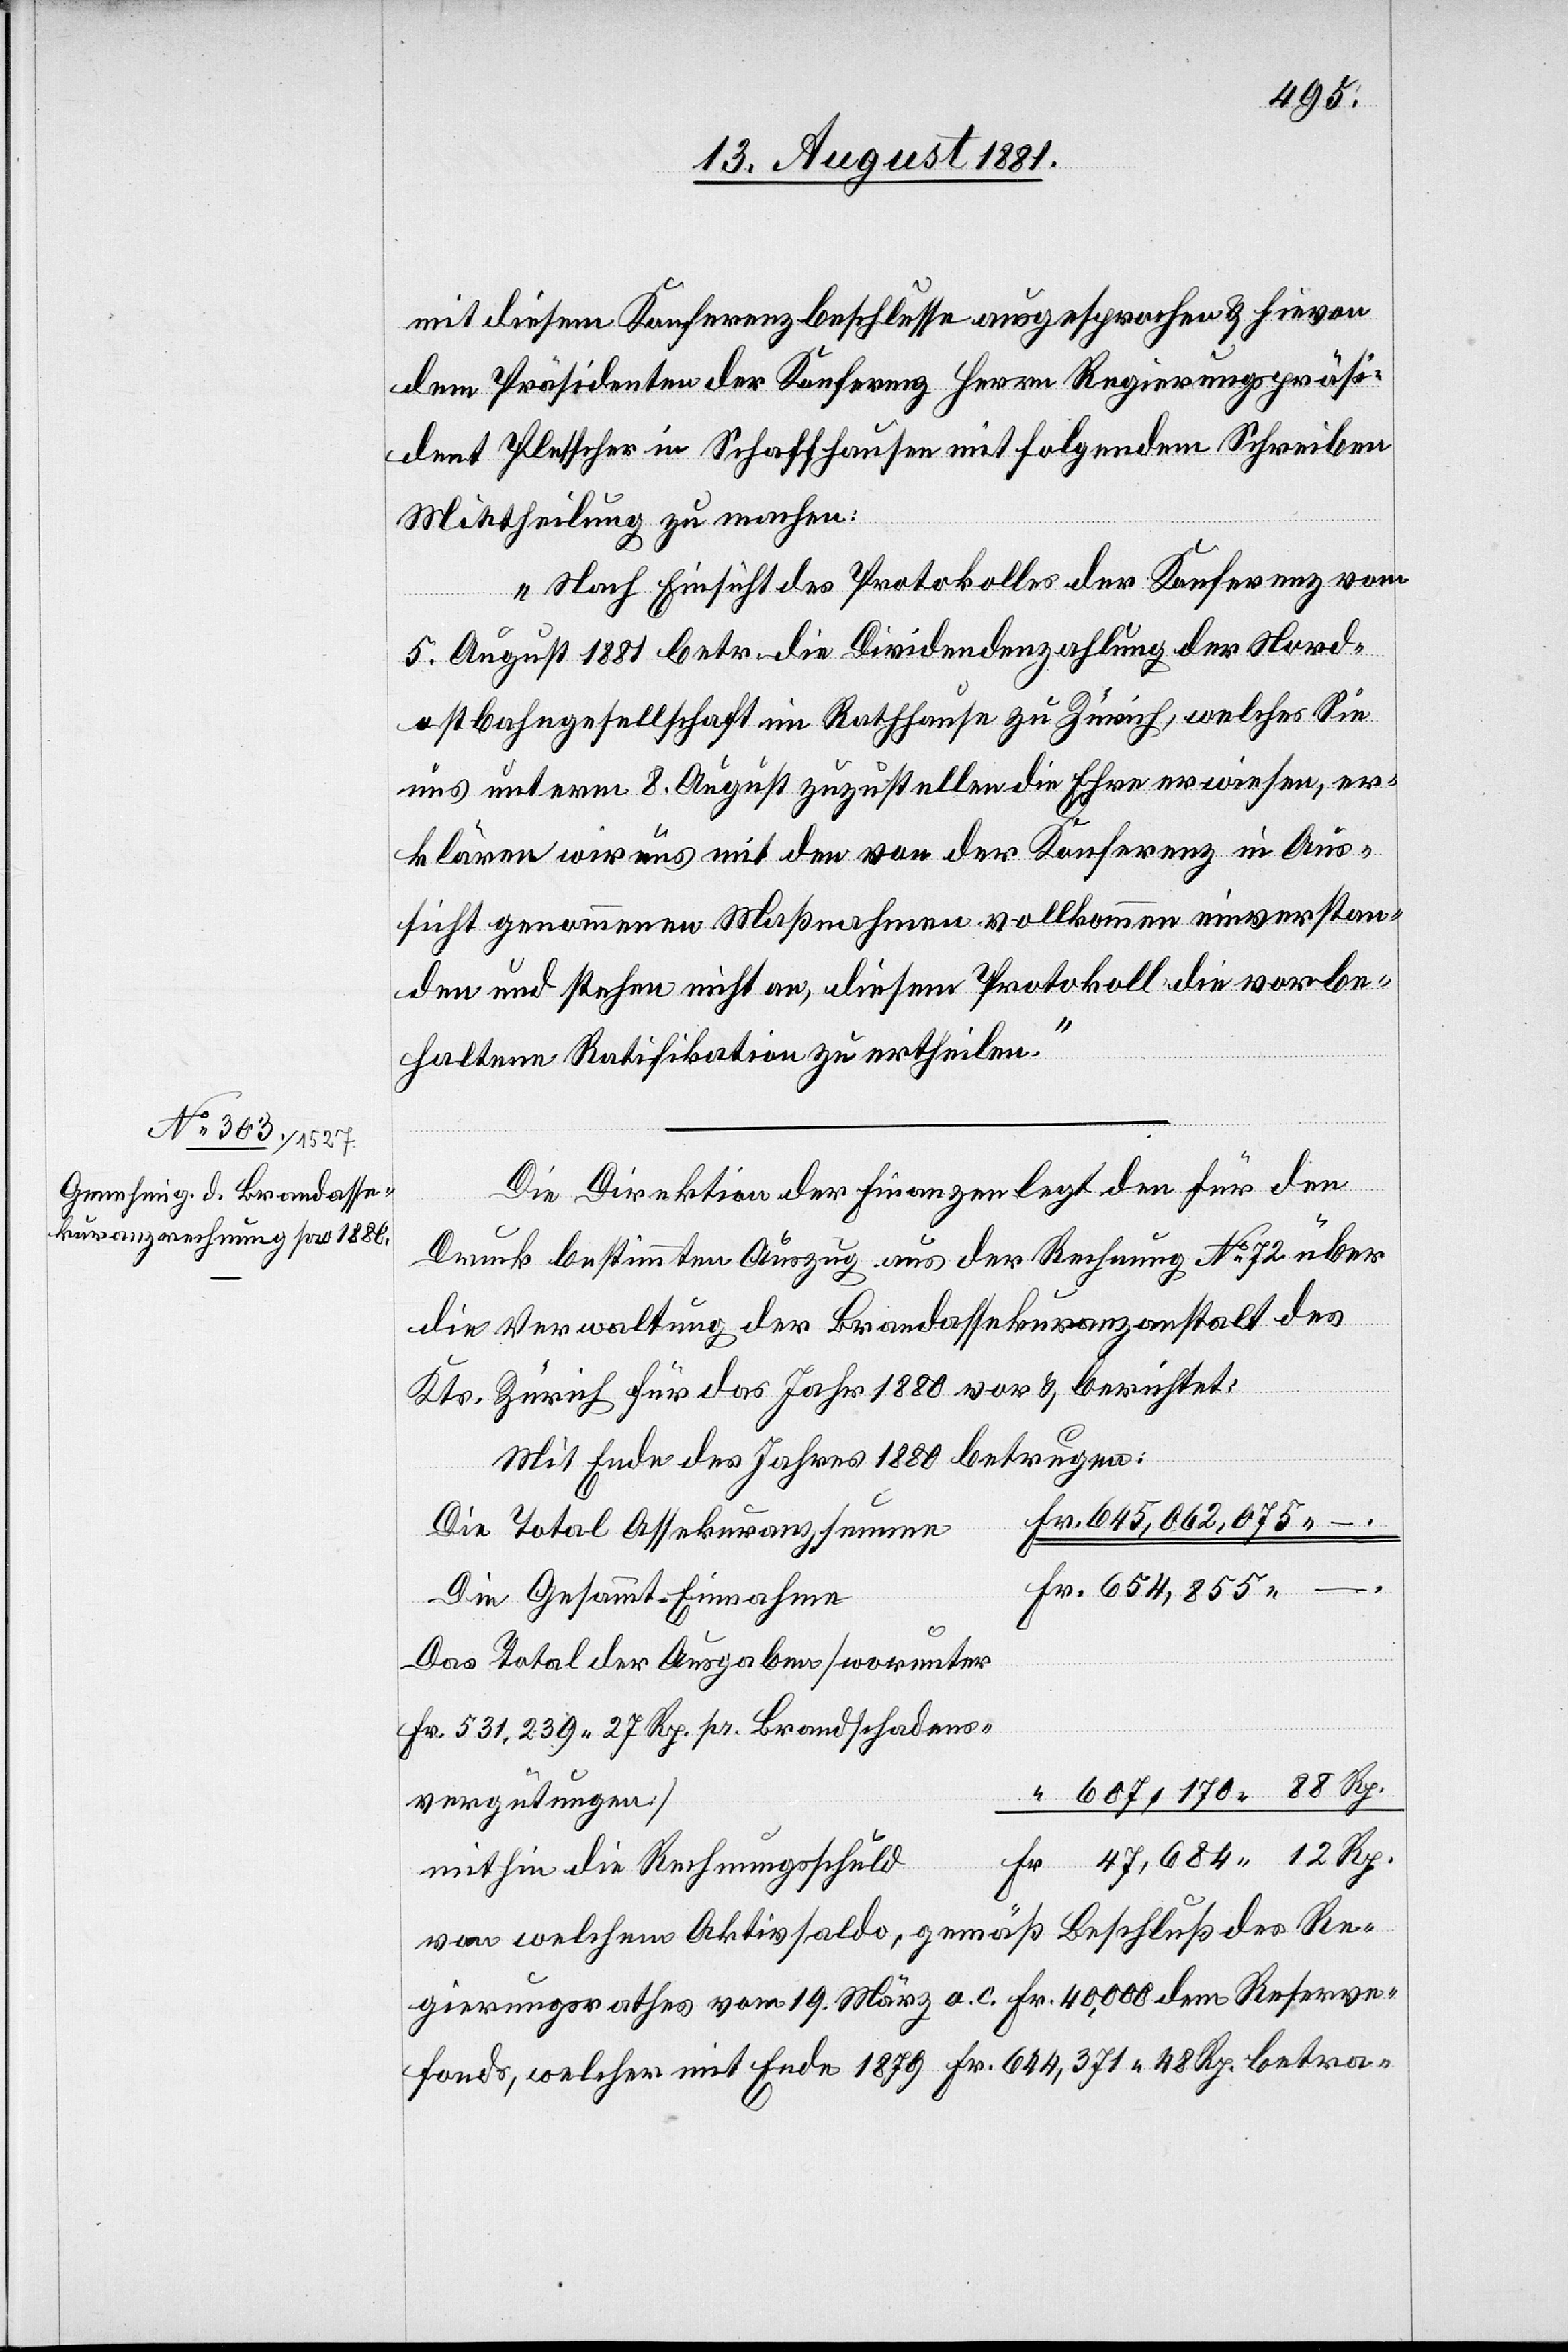
Die Direktion der Finanzen legt den für den
Druck bestimmten Auszug aus der Rechnung No 72 über
die Verwaltung der Brandassekuranzanstalt des
Kts. Zürich für das Jahr1880 vor & berichtet:
Mit Ende des Jahres 1880 betrugen:
645,062,075 –.
Die Total Assekuranzsummen
Die Gesammt-Einnahme
–.
Das Total der Ausgaben [worunter
Fr. 531,239 27 Rp. pr. Brandschadens¬
607,170 88 Rp.
vergütungen]
mithin die Rechnungsschuld
von welchem Aktivsaldo, gemäß Beschluß des Re¬
gierungsrathes vom 19. März a. c. Fr. 40,000 dem Reserve¬
fonds, welcher mit Ende 1879 Fr. 644,371 48 Rp. betra-